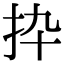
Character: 𢪄